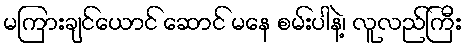
မကြားချင်ယောင် ဆောင် မနေ စမ်းပါနဲ့၊ လူလည်ကြီး